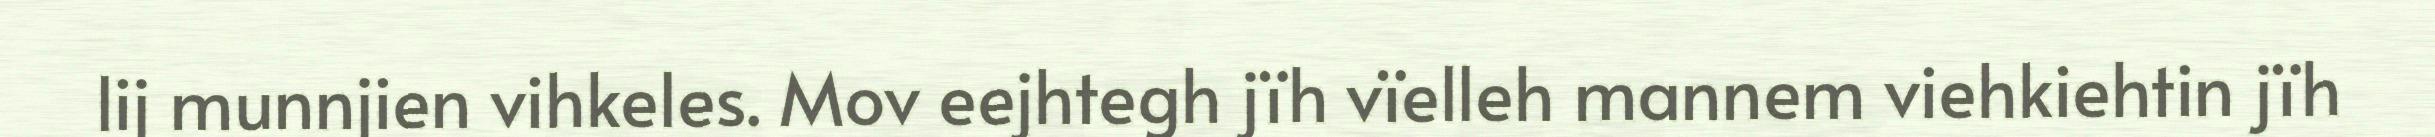
lij munnjien vihkeles. Mov eejhtegh jïh vïelleh mannem viehkiehtin jïh